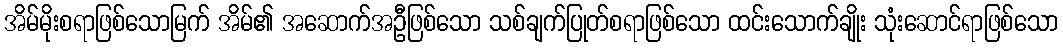
အိမ်မိုးစရာဖြစ်သောမြက် အိမ်၏ အဆောက်အဦဖြစ်သော သစ်ချက်ပြုတ်စရာဖြစ်သော ထင်းသောက်ချိုး သုံးဆောင်ရာဖြစ်သော